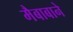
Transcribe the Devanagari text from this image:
मैबाबाने